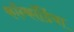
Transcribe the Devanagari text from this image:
कॉन्कॉर्डिया